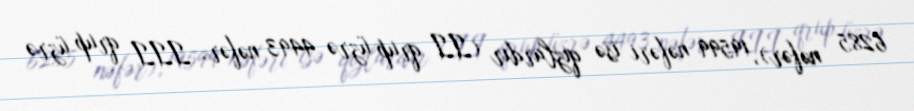
6285 nəfər), 19599 nəfəri isə qızlardır (II qrup üzrə 4493 nəfər, III qrup üzrə